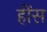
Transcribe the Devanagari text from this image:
हींस